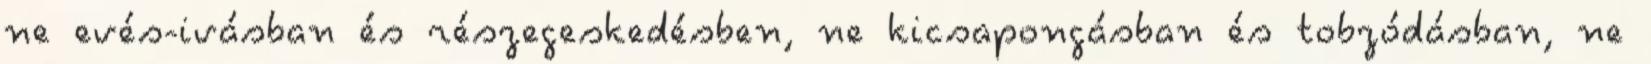
ne evés-ivásban és részegeskedésben, ne kicsapongásban és tobzódásban, ne